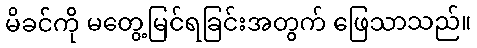
မိခင်ကို မတွေ့မြင်ရခြင်းအတွက် ဖြေသာသည်။